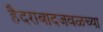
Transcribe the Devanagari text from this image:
हैदराबादजवळच्या